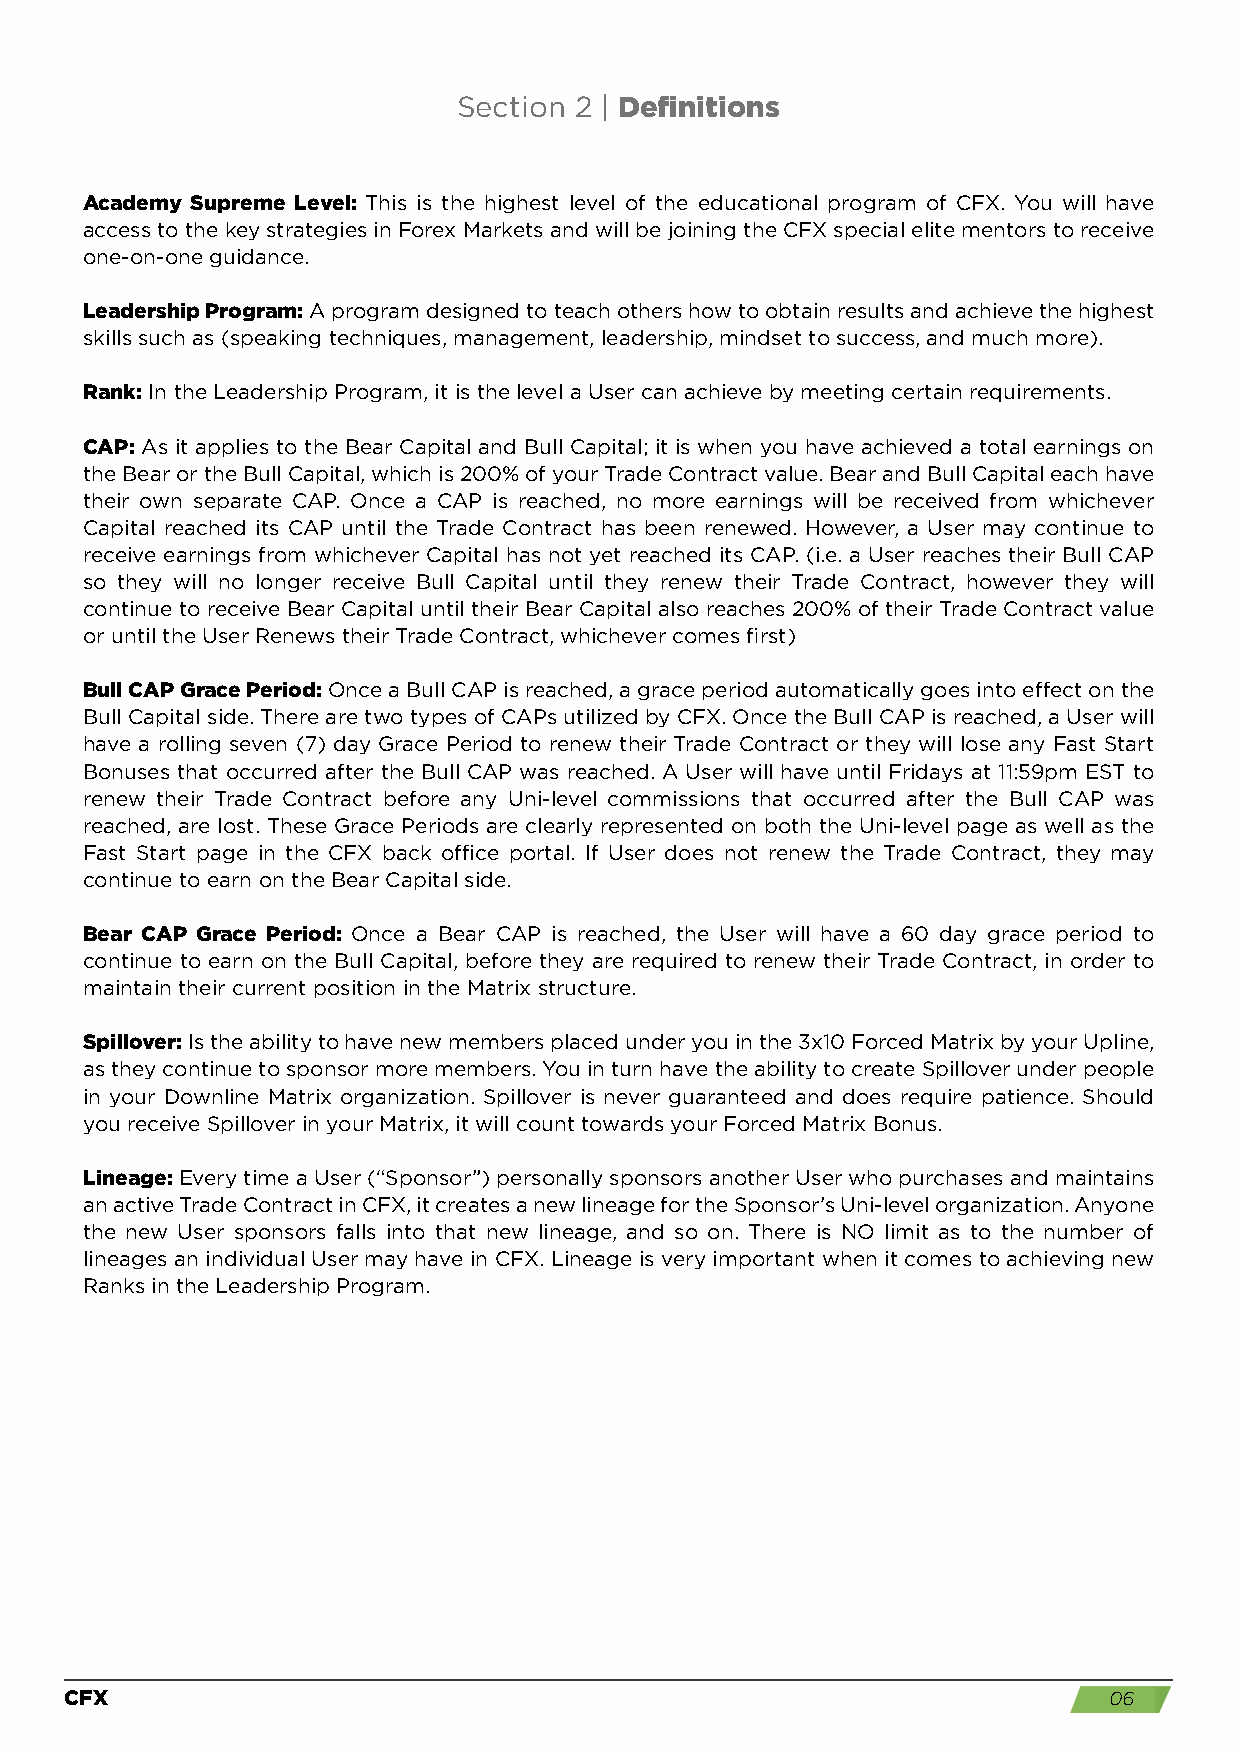
Section 2 | Definitions
 Academy Supreme Level: This is the highest level of the educational program of CFX. You will have
 access to the key strategies in Forex Markets and will be joining the CFX special elite mentors to receive
 one-on-one guidance.
 Leadership Program: A program designed to teach others how to obtain results and achieve the highest
 skills such as (speaking techniques, management, leadership, mindset to success, and much more).
 Rank: In the Leadership Program, it is the level a User can achieve by meeting certain requirements.
 CAP: As it applies to the Bear Capital and Bull Capital; it is when you have achieved a total earnings on
 the Bear or the Bull Capital, which is 200% of your Trade Contract value. Bear and Bull Capital each have
 their own separate CAP. Once a CAP is reached, no more earnings will be received from whichever
 Capital reached its CAP until the Trade Contract has been renewed. However, a User may continue to
 receive earnings from whichever Capital has not yet reached its CAP. (i.e. a User reaches their Bull CAP
 so they will no longer receive Bull Capital until they renew their Trade Contract, however they will
 continue to receive Bear Capital until their Bear Capital also reaches 200% of their Trade Contract value
 or until the User Renews their Trade Contract, whichever comes first)
 Bull CAP Grace Period: Once a Bull CAP is reached, a grace period automatically goes into effect on the
 Bull Capital side. There are two types of CAPs utilized by CFX. Once the Bull CAP is reached, a User will
 have a rolling seven (7) day Grace Period to renew their Trade Contract or they will lose any Fast Start
 Bonuses that occurred after the Bull CAP was reached. A User will have until Fridays at 11:59pm EST to
 renew their Trade Contract before any Uni-level commissions that occurred after the Bull CAP was
 reached, are lost. These Grace Periods are clearly represented on both the Uni-level page as well as the
 Fast Start page in the CFX back office portal. If User does not renew the Trade Contract, they may
 continue to earn on the Bear Capital side.
 Bear CAP Grace Period: Once a Bear CAP is reached, the User will have a 60 day grace period to
 continue to earn on the Bull Capital, before they are required to renew their Trade Contract, in order to
 maintain their current position in the Matrix structure.
 Spillover: Is the ability to have new members placed under you in the 3x10 Forced Matrix by your Upline,
 as they continue to sponsor more members. You in turn have the ability to create Spillover under people
 in your Downline Matrix organization. Spillover is never guaranteed and does require patience. Should
 you receive Spillover in your Matrix, it will count towards your Forced Matrix Bonus.
 Lineage: Every time a User (“Sponsor”) personally sponsors another User who purchases and maintains
 an active Trade Contract in CFX, it creates a new lineage for the Sponsor’s Uni-level organization. Anyone
 the new User sponsors falls into that new lineage, and so on. There is NO limit as to the number of
 lineages an individual User may have in CFX. Lineage is very important when it comes to achieving new
 Ranks in the Leadership Program.
 CFX                                                                  06